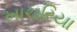
ખાચરિયા